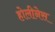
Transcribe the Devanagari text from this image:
होलीनेस